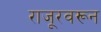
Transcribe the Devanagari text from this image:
राजूरवरून